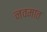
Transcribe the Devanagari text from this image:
नवमात